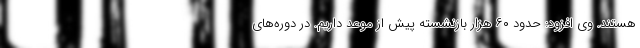
هستند. وی افزود: حدود ۶۰ هزار بازنشسته پیش از موعد داریم. در دوره‌های